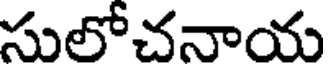
సులోచనాయ